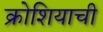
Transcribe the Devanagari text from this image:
क्रोशियाची